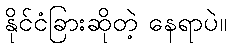
နိုင်ငံခြားဆိုတဲ့ နေရာပဲ။